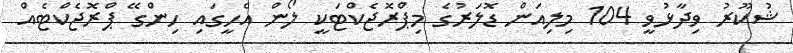
ޝުކޫރު ވިދާޅުވީ 104 މިލިއަން ޑޮލަރުގެ މިޕްރޮޖެކްޓަކީ ލޯން އެހީގައި ހިންގޭ ޕްރޮޖެކްޓެއް